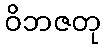
ဝိဘဇတု